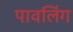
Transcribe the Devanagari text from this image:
पावलिंग